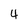
Character: 4